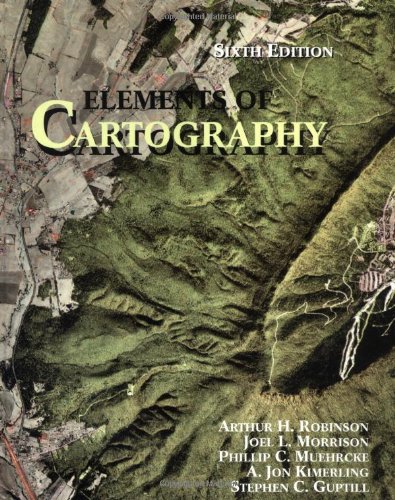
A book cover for Elements of Cartography; Arthur H. Robinson; Science & Math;